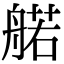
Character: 𫇜